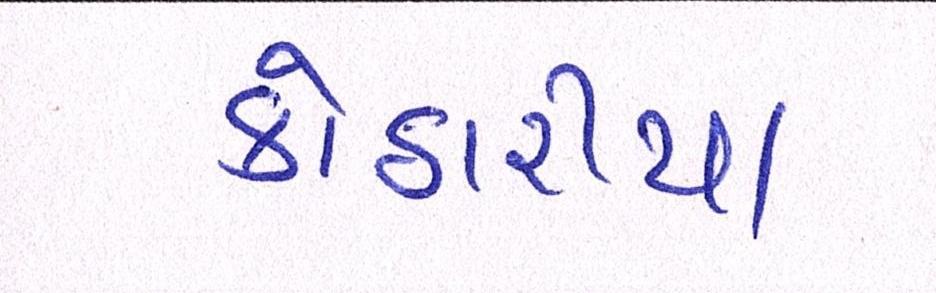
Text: કોઠારીયા